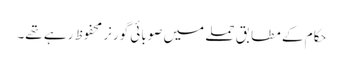
حکام کے مطابق حملے میں صوبائی گورنر محفوظ رہے تھے۔